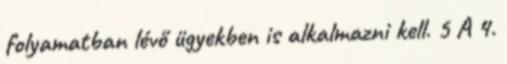
folyamatban lévő ügyekben is alkalmazni kell. 5 A 4.